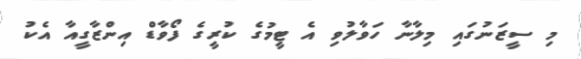
މި ސީޒަނުގައި މިލާނާ ހަވާލުވި އެ ޓީމުގެ ކުރީގެ ފޯވާޑް އިންޒާގީއާ އެކު